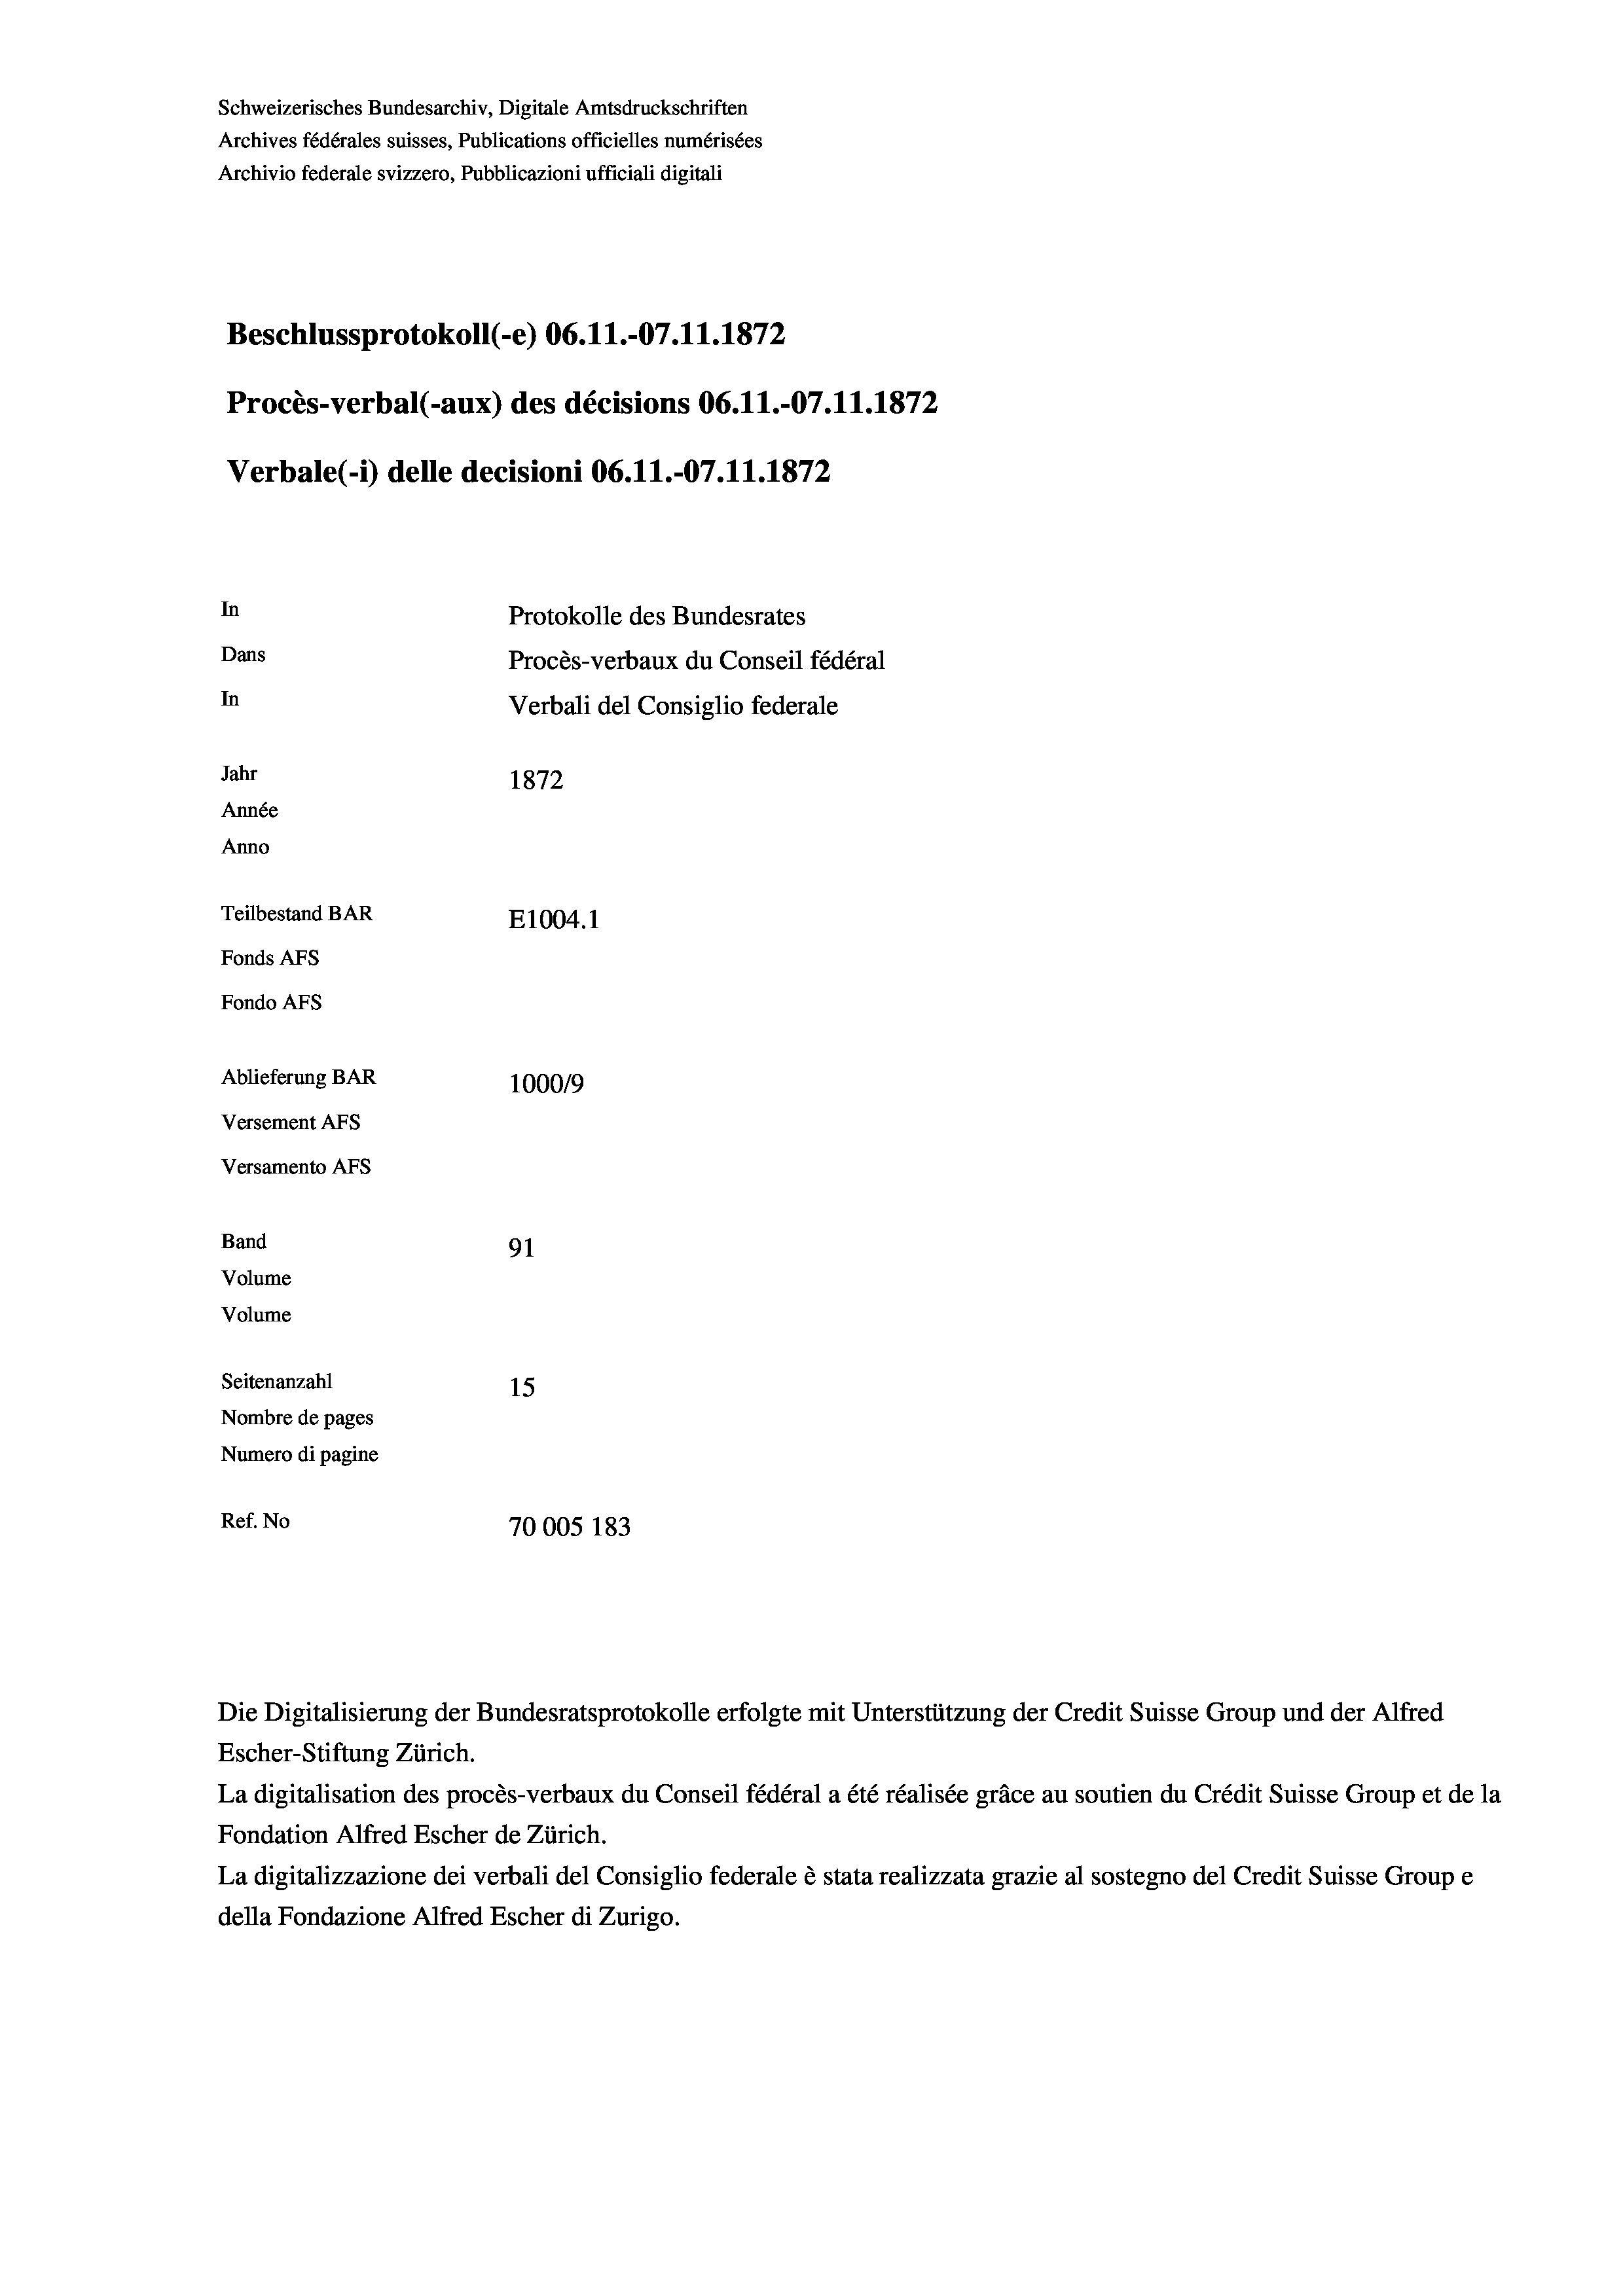
Schweizerisches Bundesarchiv, Digitale Amtsdruckschriften
Archives fédérales suisses, Publications officielles numérisées
Archivio federale svizzero, Pubblicazioni ufficiali digitali
Beschlussprotokoll (-e) 06. 11.-07.11.1872
Procès-verbal (-aux) des décisions 06.11.-07.11.1872
Verbale(-*) delle decisioni 06. 11.-07.11.1872
In
Protokolle des Bundesrates
Dans
Procès-verbaux du Conseil fédéral
In
Verbali del Consiglio federale
Jahr
1872
Année
Anno
Teilbestand BAR
E1004. 1
Fonds AFs
Fondo AFS
Ablieferung BAR
100019
Versement AFs
Versamento Afs
Band
91
Volume
Volume
Seitenanzahl
15
Nombre de pages
Numero di pagine
Ref. No
70005 183

Escher-Stiftung Zürich.
La digitalisation des procès-verbaux du Conseil fédéral a été réalisée gräce au soutien du Crédit Suisse Group et de la
Fondation Alfred Escher de Zürich.
La digitalizzazione dei verbali del Consiglio federale è stata realizzata grazie al sostegno del Credit Suisse Groupe
della Fondazione Alfred Escher di Zurigo.

Die Digitalisierung der Bundesratsprotokolle erfolgte mit Unterstützung der Credit Suisse Group und der Alfred